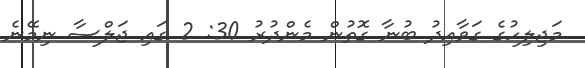
މަޖިލިހުގެ ގަވާއިދު ބުނާ ގޮތުން މެންދުރު 30: 2 ގައި ޖަލްސާ ނިމޭނެ